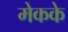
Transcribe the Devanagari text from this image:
मेकके